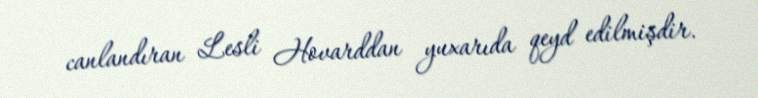
canlandıran Lesli Hovarddan yuxarıda qeyd edilmişdir.